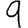
Digit: 9